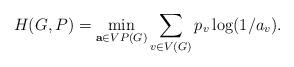
LaTeX: \begin{align*}H(G,P) = \min_{\mathbf{a}\in VP(G)} \sum_{v\in V(G)} p_v\log (1/a_v).\end{align*}